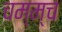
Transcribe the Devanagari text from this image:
चम्म्च